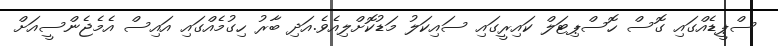
ސްޕީޑެއްގައި ގޮސް ހޮސްޕިޓަލް ކައިރީގައި ސައިކަލު މަޑުކޮށްލިއެވެ.އަދި ބާރު ހިގުމެއްގައި އައިސް އެމެޖެންސީއަށް